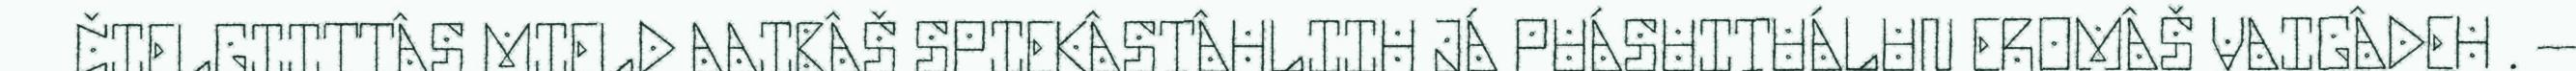
ČIELGIITTÂS MIELD AAIBÂŠ SPIEKÂSTÂHLIIH JÁ PUÁSUITUÁLUN EROMÂŠ VAIGÂDEH . –